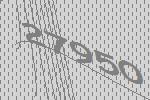
27950